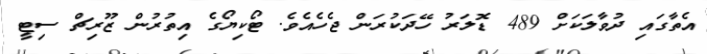
އެތާގައި ދުވާލަކަށް 489 ޑޮލަރު ހޭދަކުރަން ޖެހެއެވެ. ޓޯކިޔޯގެ އިތުރުން ޒޫރިޗް ސިޓީ